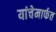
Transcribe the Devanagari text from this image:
यांचेमार्फत